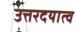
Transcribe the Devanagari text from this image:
उत्तरदयात्व